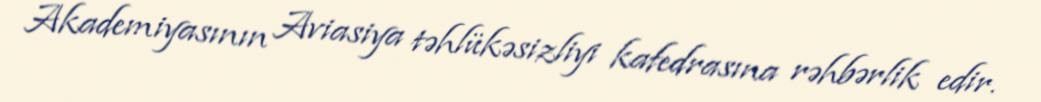
Akademiyasının Aviasiya təhlükəsizliyi kafedrasına rəhbərlik edir.